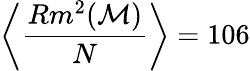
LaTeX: \left<\frac{Rm^{2}(\mathcal{M})}{N}\right>=106